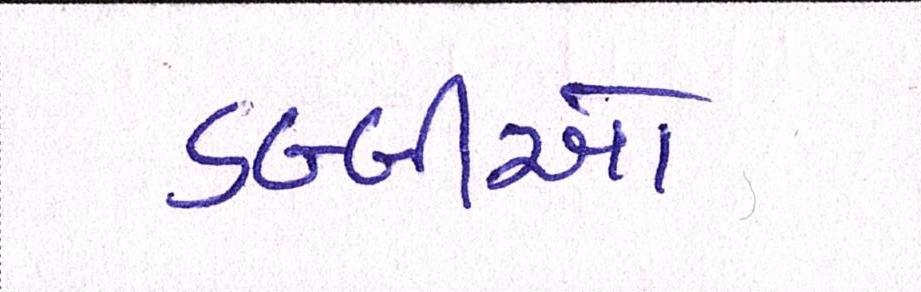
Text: ડબ્બીઓ